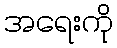
အရေးကို